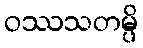
ဝဿသတမ္ပိ